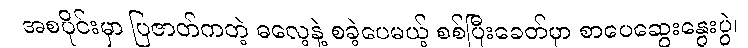
အစပိုင်းမှာ ပြဇာတ်ကတဲ့ ဓလေ့နဲ့ စခဲ့ပေမယ့် စစ်ပြီးခေတ်မှာ စာပေဆွေးနွေးပွဲ၊